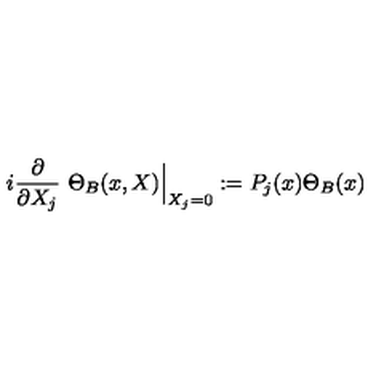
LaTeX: i \frac { \partial } { \partial X _ { j } } \ \Theta _ { B } ( x , X ) \Big \vert _ { X _ { j } = 0 } : = P _ { j } ( x ) \Theta _ { B } ( x )